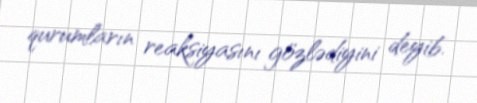
qurumların reaksiyasını gözlədiyini deyib.